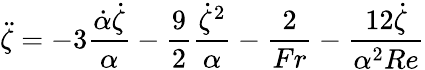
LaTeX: \ddot{\zeta}=-3\frac{\dot{\alpha}\dot{\zeta}}{\alpha}-\frac{9}{2}\frac{\dot{\zeta}^{2}}{\alpha}-\frac{2}{Fr}-\frac{12\dot{\zeta}}{\alpha^{2}Re}